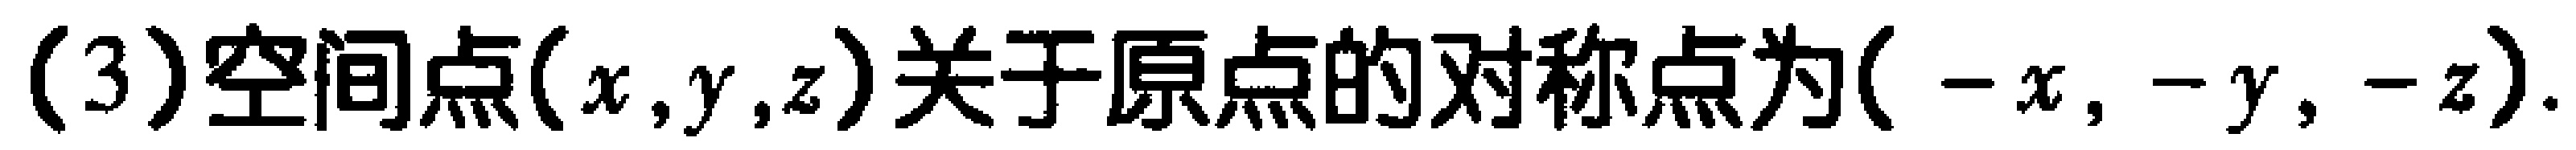
(3)空间点$(x,y,z)$关于原点的对称点为$(-x,-y,-z)$.